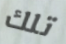
تلك